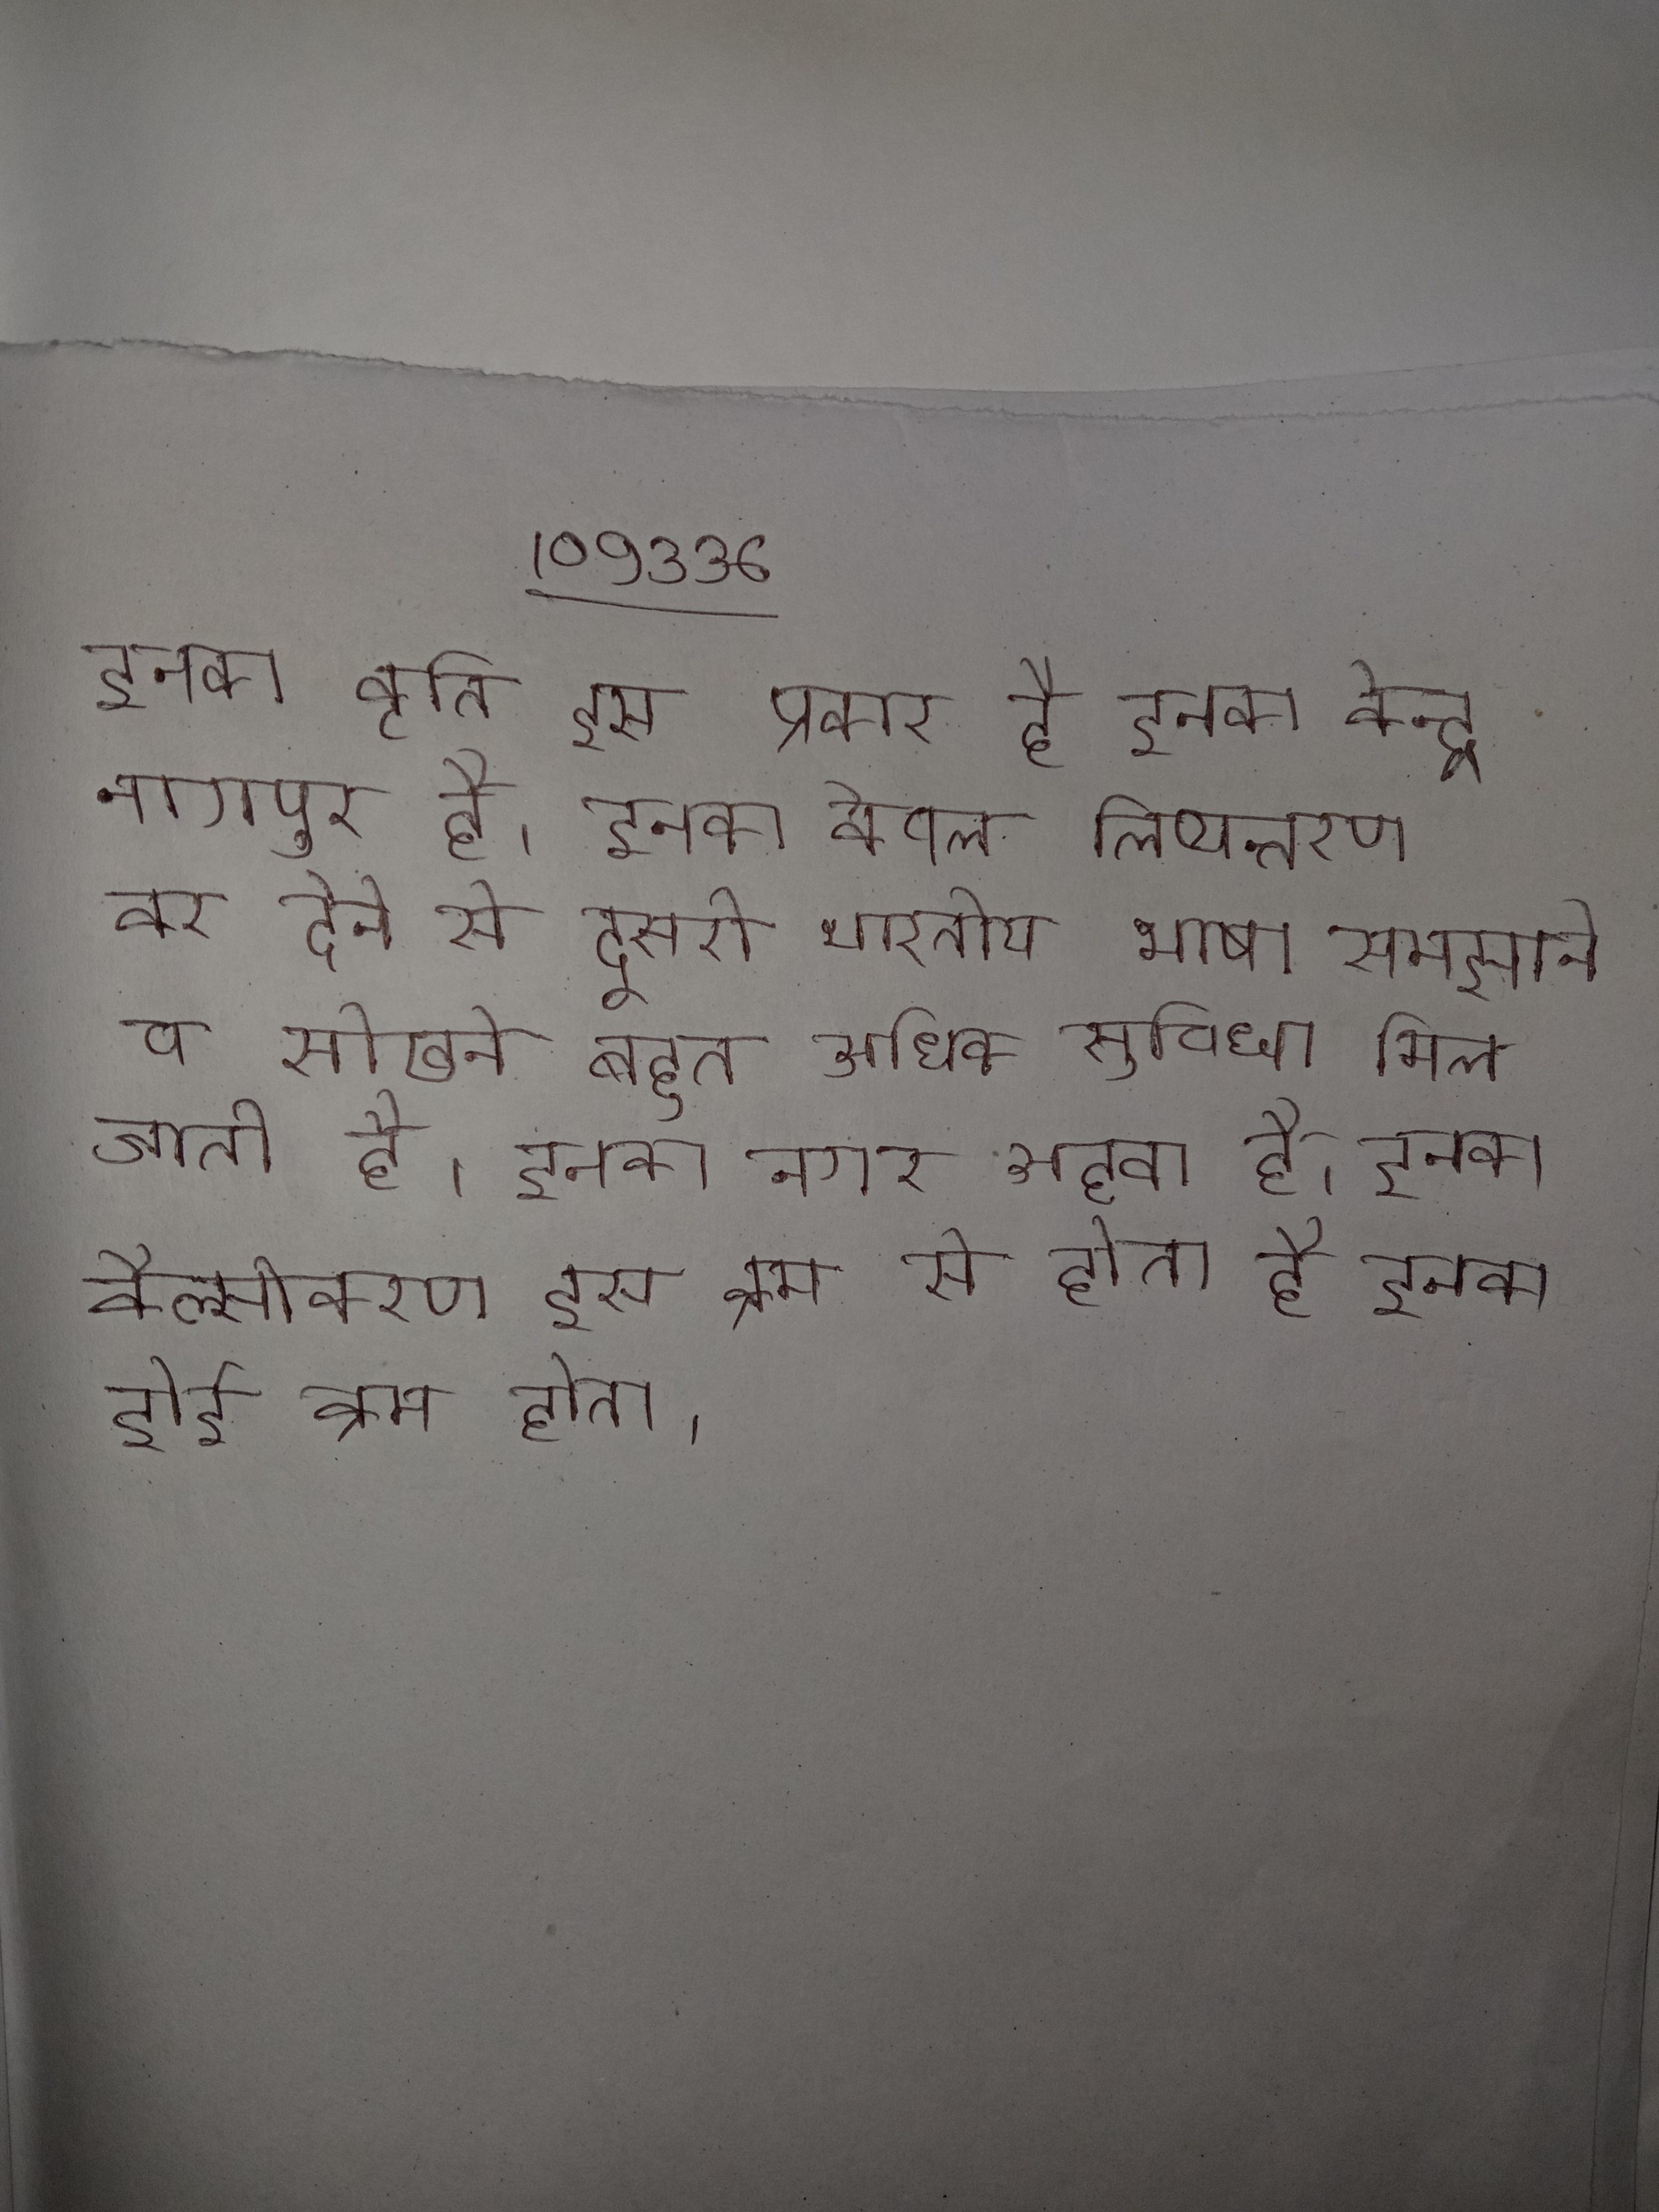
अजमेर स्थित अध्यात्मवादी मुइनुद्दीन चिश्ती की दरगाह भारत की की पवित्रतम से एक है । अजमेरीपुर उत्खनन से प्राप्त सामग्री इस काल के प्रमाण मिलते । अजमोद अक्सर एक गार्निश के रूप प्रयोग किया जाता है । अजमोद कई पश्चिम एशियाई जैसे तेबौलेह (लेबनन का राष्ट्रीय पकवान, ऐतिहासिक आर्मेनिया, वान से आर्मेनियन द्वारा तेर्कोट्स भी कहलाया जाने वाला), एक प्रमुख घटक है ।